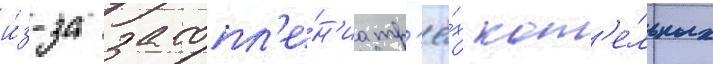
и́з-за затопл'е́н'иа тр'ё́х кот'е́льных